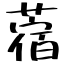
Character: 蓿